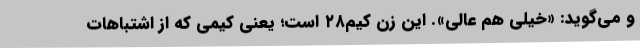
و می‌گوید: «خیلی هم عالی». این زِن کیم۲۸ است؛ یعنی کیمی که از اشتباهات